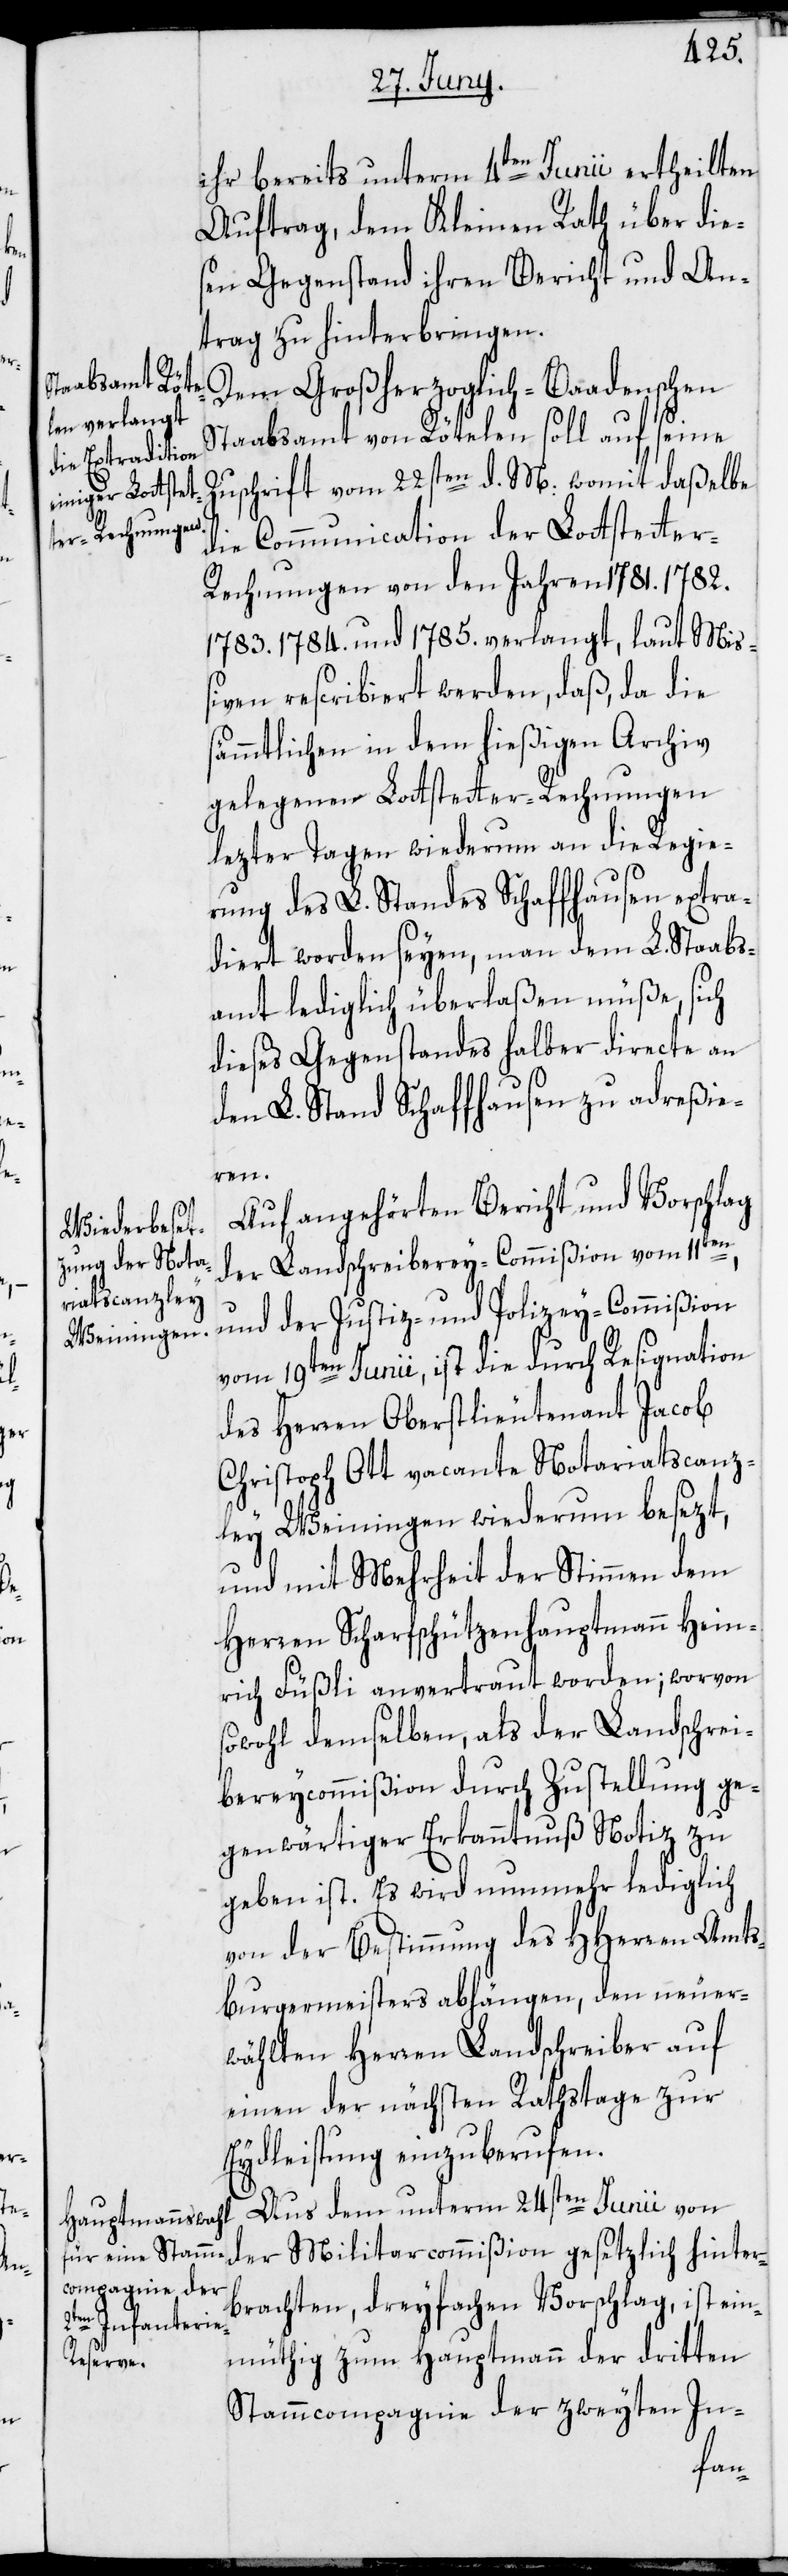
en,

ihr bereits unterm 4ten Junii ertheilten
Auftrag, dem Kleinen Rath über die¬
sen Gegenstand ihren Bericht und An¬
trag zu hinterbringen.
Dem Großherzoglich-Baadenschen
Staabsamt von Rötelen soll auf seine
Zuschrift vom 22sten d. M: womit daßelbe
die Communication der Lottstette¬
r-Rechnungen von den Jahren 1781.[,]
1783.[,] 1784. und 1785. verlangt, laut Miß¬
iven rescribiert werden, daß, da die
sämmtlichen in dem hießigen Archiv
gelegenen Lottstetter Rechnungen
lezter Tagen wiederum an die Regie¬
rung des L. Standes Schaffhausen extra¬
diert worden seyen, man dem L. Staabs¬
amt lediglich überlaßen müße, sich
dieses Gegenstandes halber directe an
den L. Stand Schaffhausen zu adreßie¬
ren.
Auf angehörten Bericht und Vorschlag
der Landschreibereycommißion durch
und der Justiz- und Polizey-Commißion
vom 19ten Junii, ist die durch Resignation
des Herren Oberstlieutenant Jacob
Christoph Ott vacante Notariatscanz¬
ley Weiningen wiederum besezt,
und mit Mehrheit der Stimmen dem
Herren Scharfschützenhauptmann Hein¬
rich Füßli anvertraut worden; worvon
gegenwärtiger Erkanntnuß Notiz zu
geben ist. Es wird nunmehr lediglich
von der Bestimmung des HHerren Amts¬
burgermeisters abhängen, den neuer¬
wählten Herren Landschreiber auf
einen der nächsten Rathstage zur
Eydleistung einzuberufen.
Aus dem unterm 24sten Junii von
der Militarcommißion gesetzlich hinter¬
brachten, dreyfachen Vorschlag, ist ein¬
müthig zum Hauptmann der dritten
Stammcompagnie der zweyten In-